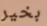
بخير